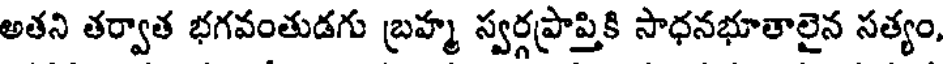
అతని తర్వాత భగవంతుడగు బ్రహ్మ స్వర్గప్రాప్తికి సాధనభూతాలైన సత్యం,